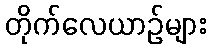
တိုက်လေယာဉ်များ